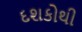
દશકોથી